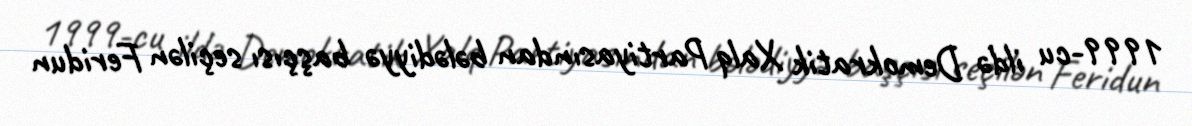
1999-cu ildə Demokratik Xalq Partiyasından bələdiyyə başçısı seçilən Feridun